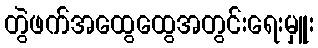
တွဲဖက်အထွေထွေအတွင်းရေးမှူး